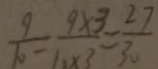
\frac { 9 } { 1 0 } = \frac { 9 \times 3 } { 1 0 \times 3 } = \frac { 2 7 } { 3 0 }